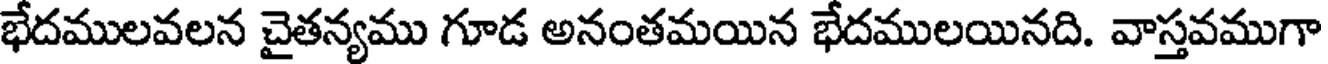
భేదములవలన చైతన్యము గూడ అనంతమయిన భేదములయినది. వాస్తవముగా